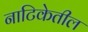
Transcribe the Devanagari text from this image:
नाटिकेतील